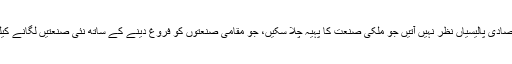
حکومتی سطح پرکوئی ایسی جز وقتی اور طویل المدت اقتصادی پالیسیاں نظر نہیں آتیں جو ملکی صنعت کا پہیہ چلا سکیں، جو مقامی صنعتوں کو فروغ دینے کے ساتھ نئی صنعتیں لگانے کیلئے ساز گار ماحول پیدا کرنے میں معاون ثابت ہو سکیں۔